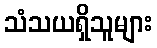
သံသယရှိသူများ